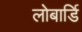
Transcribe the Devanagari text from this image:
लोबार्डि